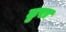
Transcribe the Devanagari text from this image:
ढुरा